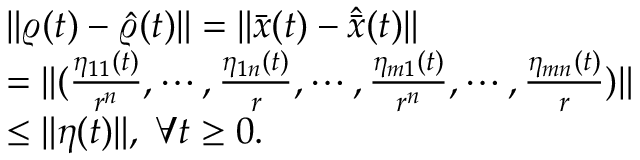
\begin{array} { r l } & { \| \varrho ( t ) - \hat { \varrho } ( t ) \| = \| \bar { x } ( t ) - \hat { \bar { x } } ( t ) \| } \\ & { = \| ( \frac { \eta _ { 1 1 } ( t ) } { r ^ { n } } , \cdots , \frac { \eta _ { 1 n } ( t ) } { r } , \cdots , \frac { \eta _ { m 1 } ( t ) } { r ^ { n } } , \cdots , \frac { \eta _ { m n } ( t ) } { r } ) \| } \\ & { \leq \| \eta ( t ) \| , \; \forall t \geq 0 . } \end{array}